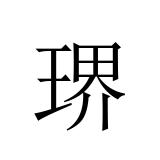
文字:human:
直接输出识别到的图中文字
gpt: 琾